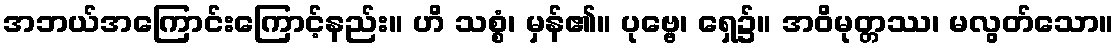
အဘယ်အကြောင်းကြောင့်နည်း။ ဟိ သစ္စံ၊ မှန်၏။ ပုဗ္ဗေ၊ ရှေ၌။ အဝိမုတ္တဿ၊ မလွတ်သော။